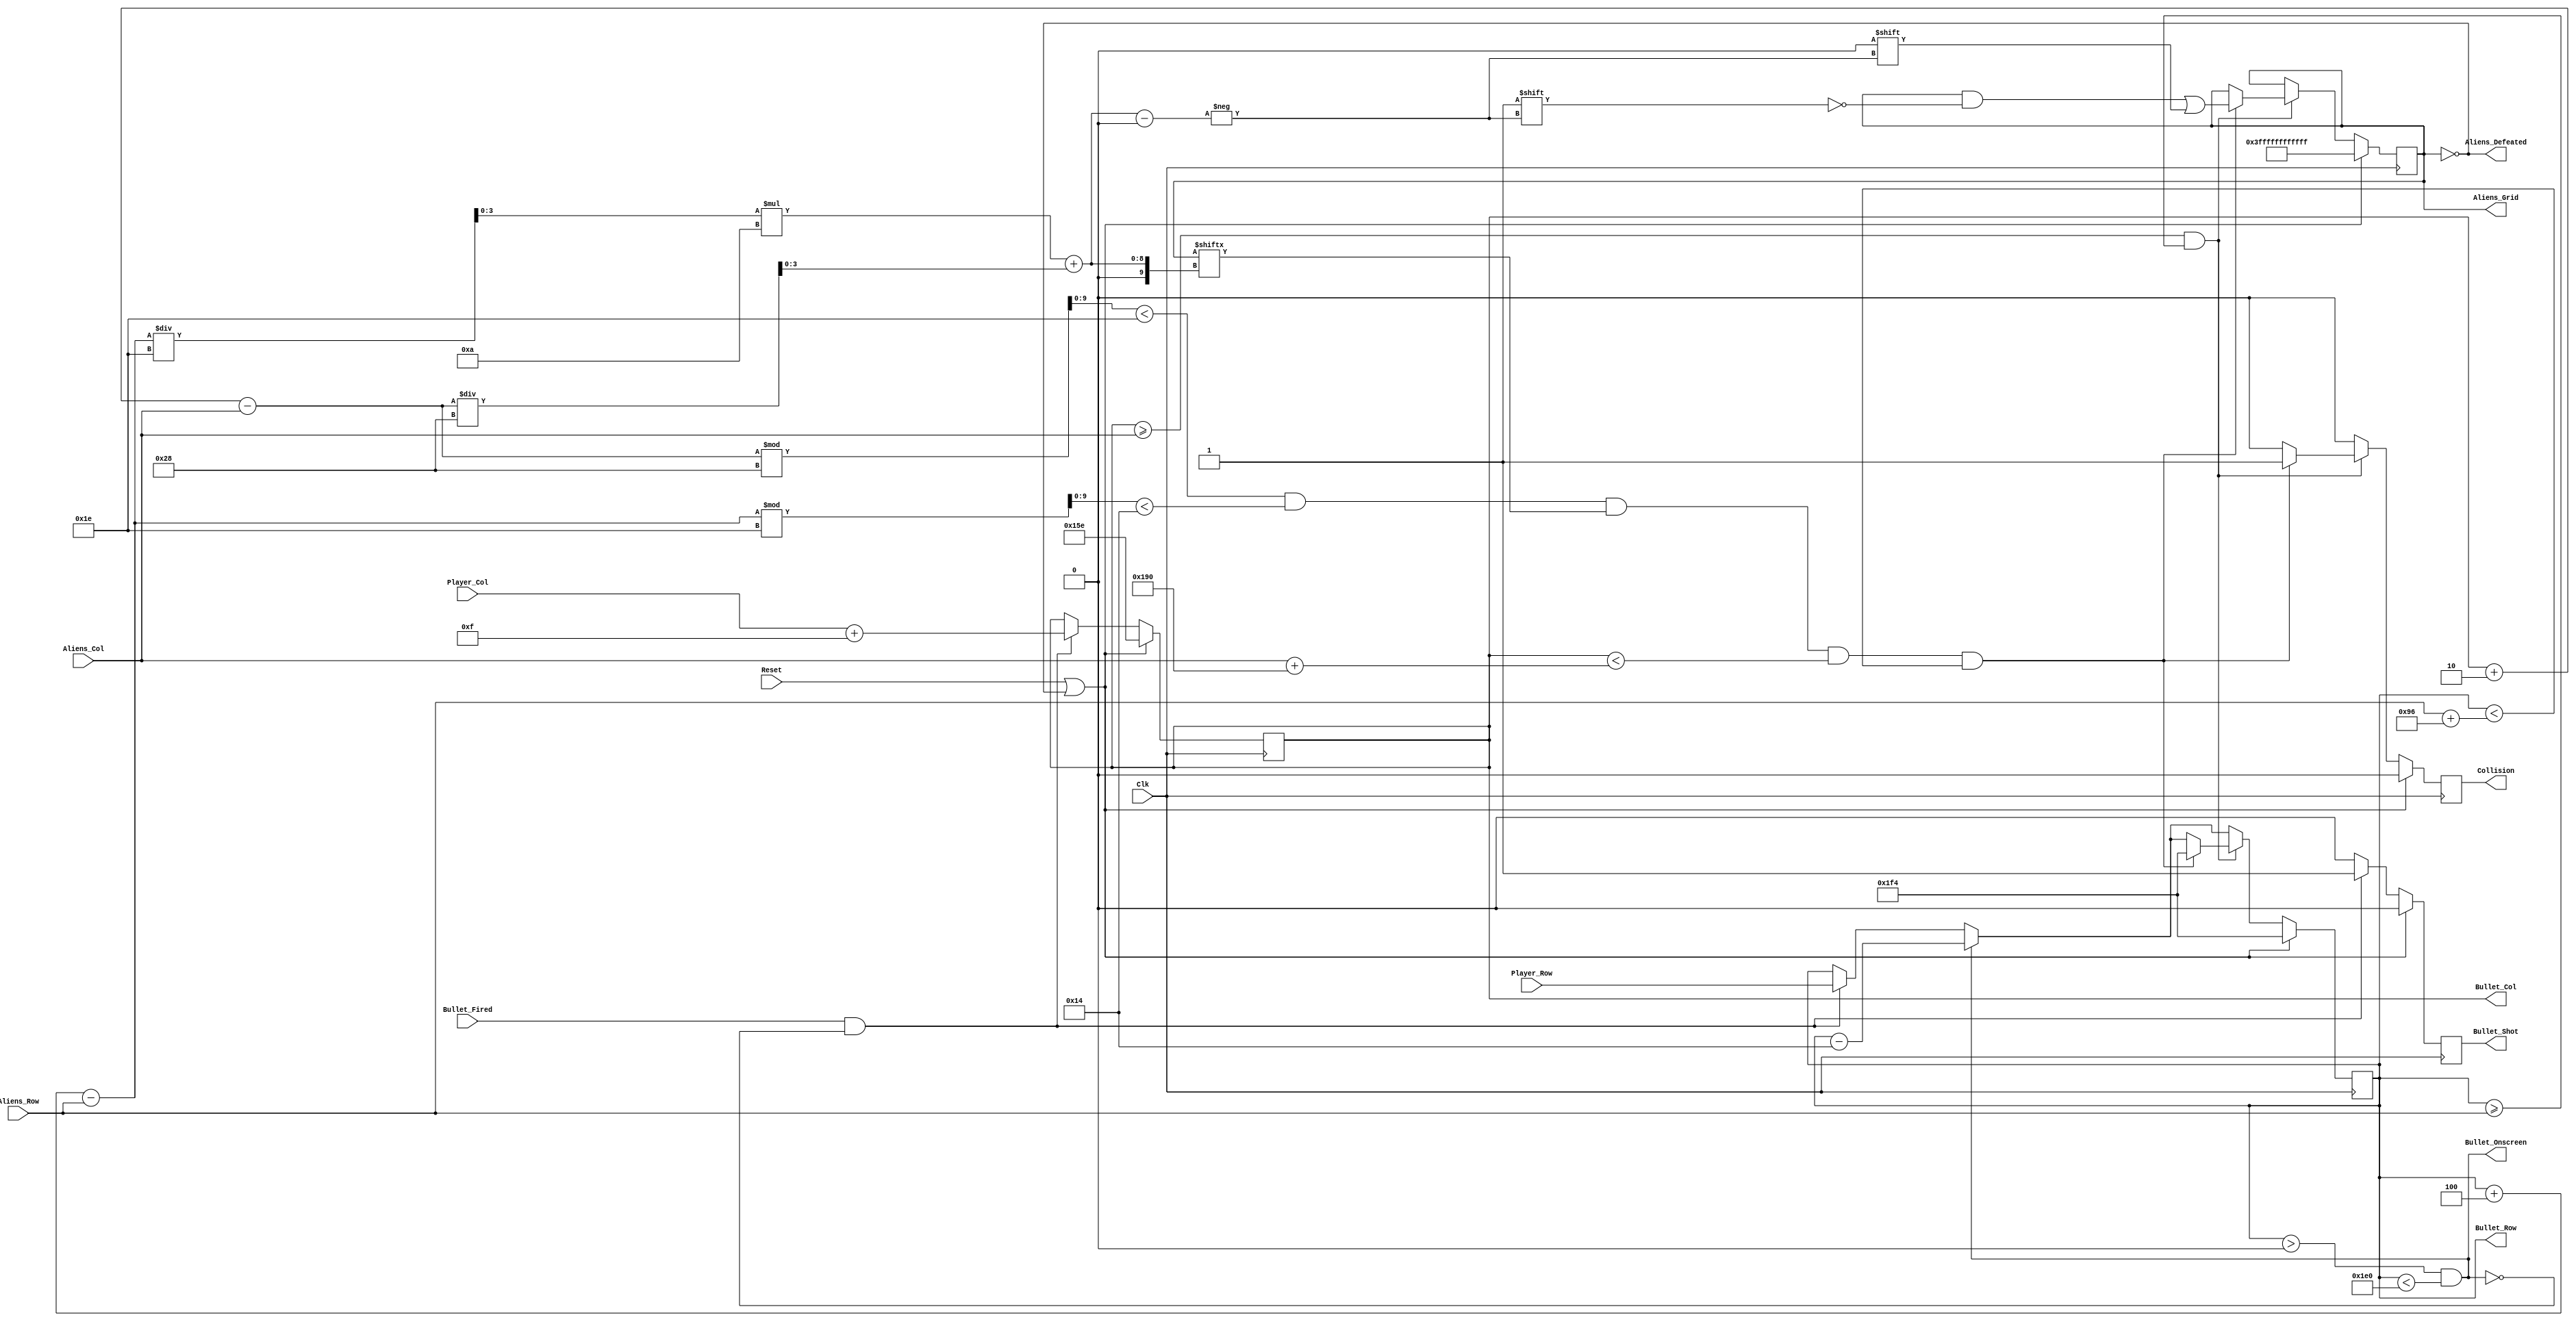
`timescale 1ns / 1ps
//////////////////////////////////////////////////////////////////////////////////
// Company: 
// Engineer: 
// 
// Design Name: 
// Module Name:    Bullet 
// Project Name: 
// Target Devices: 
// Tool versions: 
// Description: 
//
// Dependencies: 
//
// Revision: 
// Revision 0.01 - File Created
// Additional Comments: checks if existing bullet on screen so it doesn't fire again
//checks if collision with alien
//
//////////////////////////////////////////////////////////////////////////////////
module Bullet(
	input Clk,
	input Reset,
	input Bullet_Fired,
	input [8:0] Aliens_Row,
	input [9:0] Aliens_Col,
	input [8:0] Player_Row,
	input [9:0] Player_Col,
	output reg [8:0] Bullet_Row,
	output reg [9:0] Bullet_Col,
	output Aliens_Defeated,
	output Bullet_Onscreen,
	output reg [49:0] Aliens_Grid,
	output reg Bullet_Shot,
	output reg Collision
);


	reg[3:0] AlienX;
	reg[3:0] AlienY;
	reg[9:0] x_t;
	reg[9:0] y_t;

	parameter AlienWidth = 30;
	parameter PlayerWidth = 30;
	parameter AlienWidthSpacing = 10;
	parameter AlienHeight = 20;
	parameter PlayerHeight = 20;
	parameter AlienHeightSpacing = 10;
	parameter NumCols = 10;
	parameter BulletWidth = 4;
	parameter BulletHeight = 8;

	assign Bullet_Onscreen = ((Bullet_Row > 0) && (Bullet_Row < 480));
	assign Aliens_Defeated = (Aliens_Grid == 0);

	always @(posedge Clk) begin
		if (Reset || Aliens_Defeated) begin
		  Aliens_Grid <= 50'h3FFFFFFFFFFFF;
		  Bullet_Row <= 500;
		  Bullet_Col <= 350;
		  Bullet_Shot <= 0;
		  Collision <= 0;
		end
		else begin
			Bullet_Shot <= 0;
			Collision <= 0;
			if (Bullet_Fired && ~Bullet_Onscreen) begin
				Bullet_Row <= Player_Row;
				Bullet_Col <= Player_Col + PlayerWidth / 2;
				Bullet_Shot <= 1;
			end
			if (Bullet_Onscreen) begin
				Bullet_Row <= Bullet_Row - 20;
			end
			if (Bullet_Col >= Aliens_Col && Bullet_Row >= Aliens_Row) begin
				x_t = Bullet_Col + (BulletWidth / 2) - Aliens_Col;
				y_t = Bullet_Row + (BulletHeight / 2) - Aliens_Row;
				AlienX = x_t / (AlienWidth + AlienWidthSpacing);
				AlienY = y_t / (AlienHeight + AlienHeightSpacing);
				x_t = x_t % (AlienWidth + AlienWidthSpacing);
				y_t = y_t % (AlienHeight + AlienHeightSpacing);
				if (x_t < AlienWidth && y_t < AlienHeight && Aliens_Grid[AlienY * NumCols + AlienX]&& Bullet_Col < Aliens_Col + 10 * (AlienWidth + AlienWidthSpacing) && Bullet_Row < Aliens_Row + 5 * (AlienHeight + AlienHeightSpacing)) begin
					Aliens_Grid[AlienY * NumCols + AlienX] <= 0;
					Bullet_Row <= 500;
					Collision <= 1;
				end
			end
		end
	end
endmodule